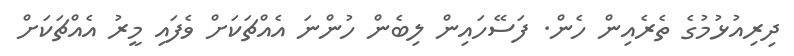
ދިރިއުޅުމުގެ ތެރެއިން ހެން. ފަސޭހައިން ލިބެން ހުންނަ އެއްޗަކަށް ވެފައި މީރު އެއްޗަކަށް